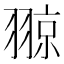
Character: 翞